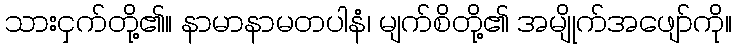
သားငှက်တို့၏။ နာမာနာမတပါနံ၊ မျက်စိတို့၏ အမျိုက်အဖျော်ကို။